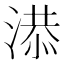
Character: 𣺖